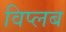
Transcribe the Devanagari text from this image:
विप्लब